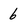
Character: 6